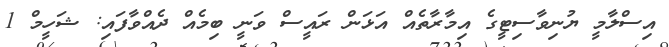
އިސްލާމީ ޔުނިވާސިޓީގެ އިމާރާތެއް އަޅަން ރައީސް ވަނީ ބިމެއް ދެއްވާފައި: ޝަހީމް 1